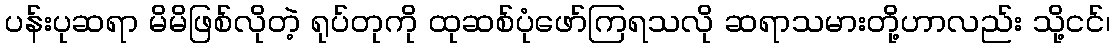
ပန်းပုဆရာ မိမိဖြစ်လိုတဲ့ ရုပ်တုကို ထုဆစ်ပုံဖော်ကြရသလို ဆရာသမားတို့ဟာလည်း သို့ငင်၊